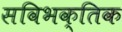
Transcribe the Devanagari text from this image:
सविभक्तिक